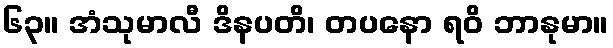
၆၃။ အံသုမာလီ ဒိနပတိ၊ တပနော ရဝိ ဘာနုမာ။